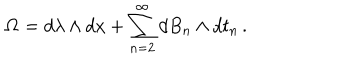
LaTeX: { \bf \Omega } = d \lambda \wedge d x + \sum _ { n = 2 } ^ { \infty } d B _ { n } \wedge d t _ { n } \, .